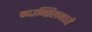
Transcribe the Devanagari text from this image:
काउन्सिलमध्ये